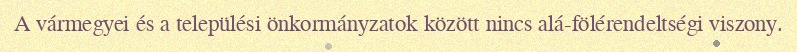
A vármegyei és a települési önkormányzatok között nincs alá-fölérendeltségi viszony.